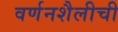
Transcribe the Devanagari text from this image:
वर्णनशैलीची